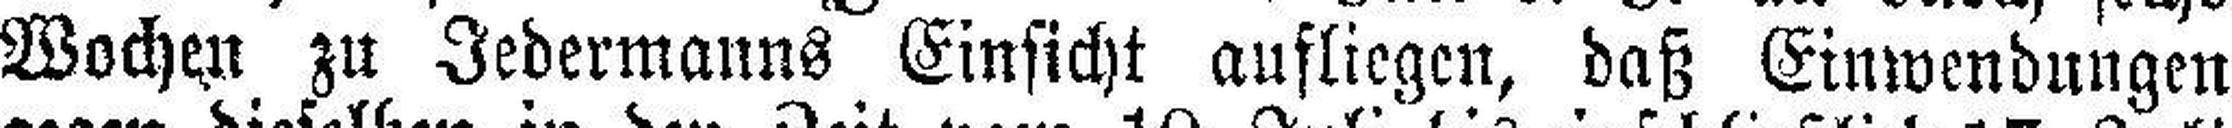
Wochen zu Jedermanns Einsicht aufliegen, daß Einwendungen